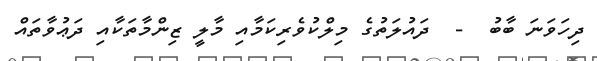
ދިހަވަނަ ބާބު  -  ދައުލަތުގެ މިލްކުވެރިކަމާއި މާލީ ޒިންމާތަކާއި ދަޢުވާތައް